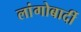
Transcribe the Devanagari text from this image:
लांगोबार्दी